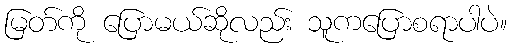
မြတ်ကို ပြောမယ်ဆိုလည်း သူကပြောစရာပါပဲ။